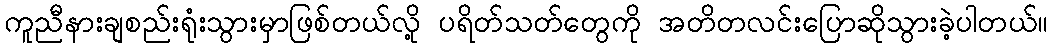
ကူညီနားချစည်းရုံးသွားမှာဖြစ်တယ်လို့ ပရိတ်သတ်တွေကို အတိတလင်းပြောဆိုသွားခဲ့ပါတယ်။